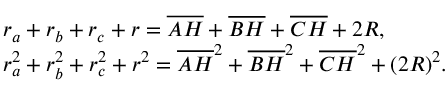
{ \begin{array} { r l } & { r _ { a } + r _ { b } + r _ { c } + r = { \overline { { A H } } } + { \overline { { B H } } } + { \overline { { C H } } } + 2 R , } \\ & { r _ { a } ^ { 2 } + r _ { b } ^ { 2 } + r _ { c } ^ { 2 } + r ^ { 2 } = { \overline { { A H } } } ^ { 2 } + { \overline { { B H } } } ^ { 2 } + { \overline { { C H } } } ^ { 2 } + ( 2 R ) ^ { 2 } . } \end{array} }